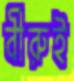
বীরুই